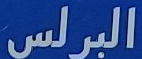
البرلس